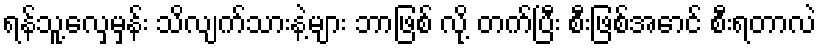
ရန်သူ့လှေမှန်း သိလျက်သားနဲ့များ ဘာဖြစ် လို့ တက်ပြီး စီးဖြစ်အောင် စီးရတာလဲ